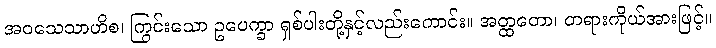
အဝသေသာဟိစ၊ ကြွင်းသော ဥပေက္ခာ ရှစ်ပါးတို့နှင့်လည်းကောင်း။ အတ္ထတော၊ တရားကိုယ်အားဖြင့်။